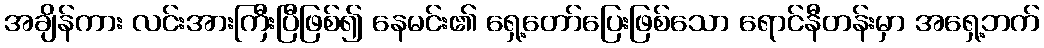
အချိန်ကား လင်းအားကြီးပြီဖြစ်၍ နေမင်း၏ ရှေ့တော်ပြေးဖြစ်သော ရောင်နီတန်းမှာ အရှေ့ဘက်